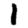
Digit: 1